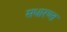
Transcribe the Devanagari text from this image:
सधारण्त